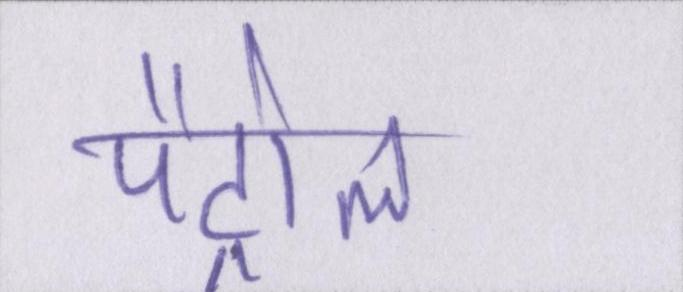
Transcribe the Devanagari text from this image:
पैट्रोल